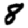
Digit: 8